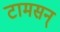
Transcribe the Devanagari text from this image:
टामसन्